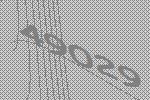
49029